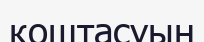
қоштасуын